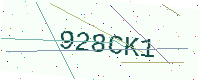
Text: 928CK1